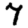
Digit: 7